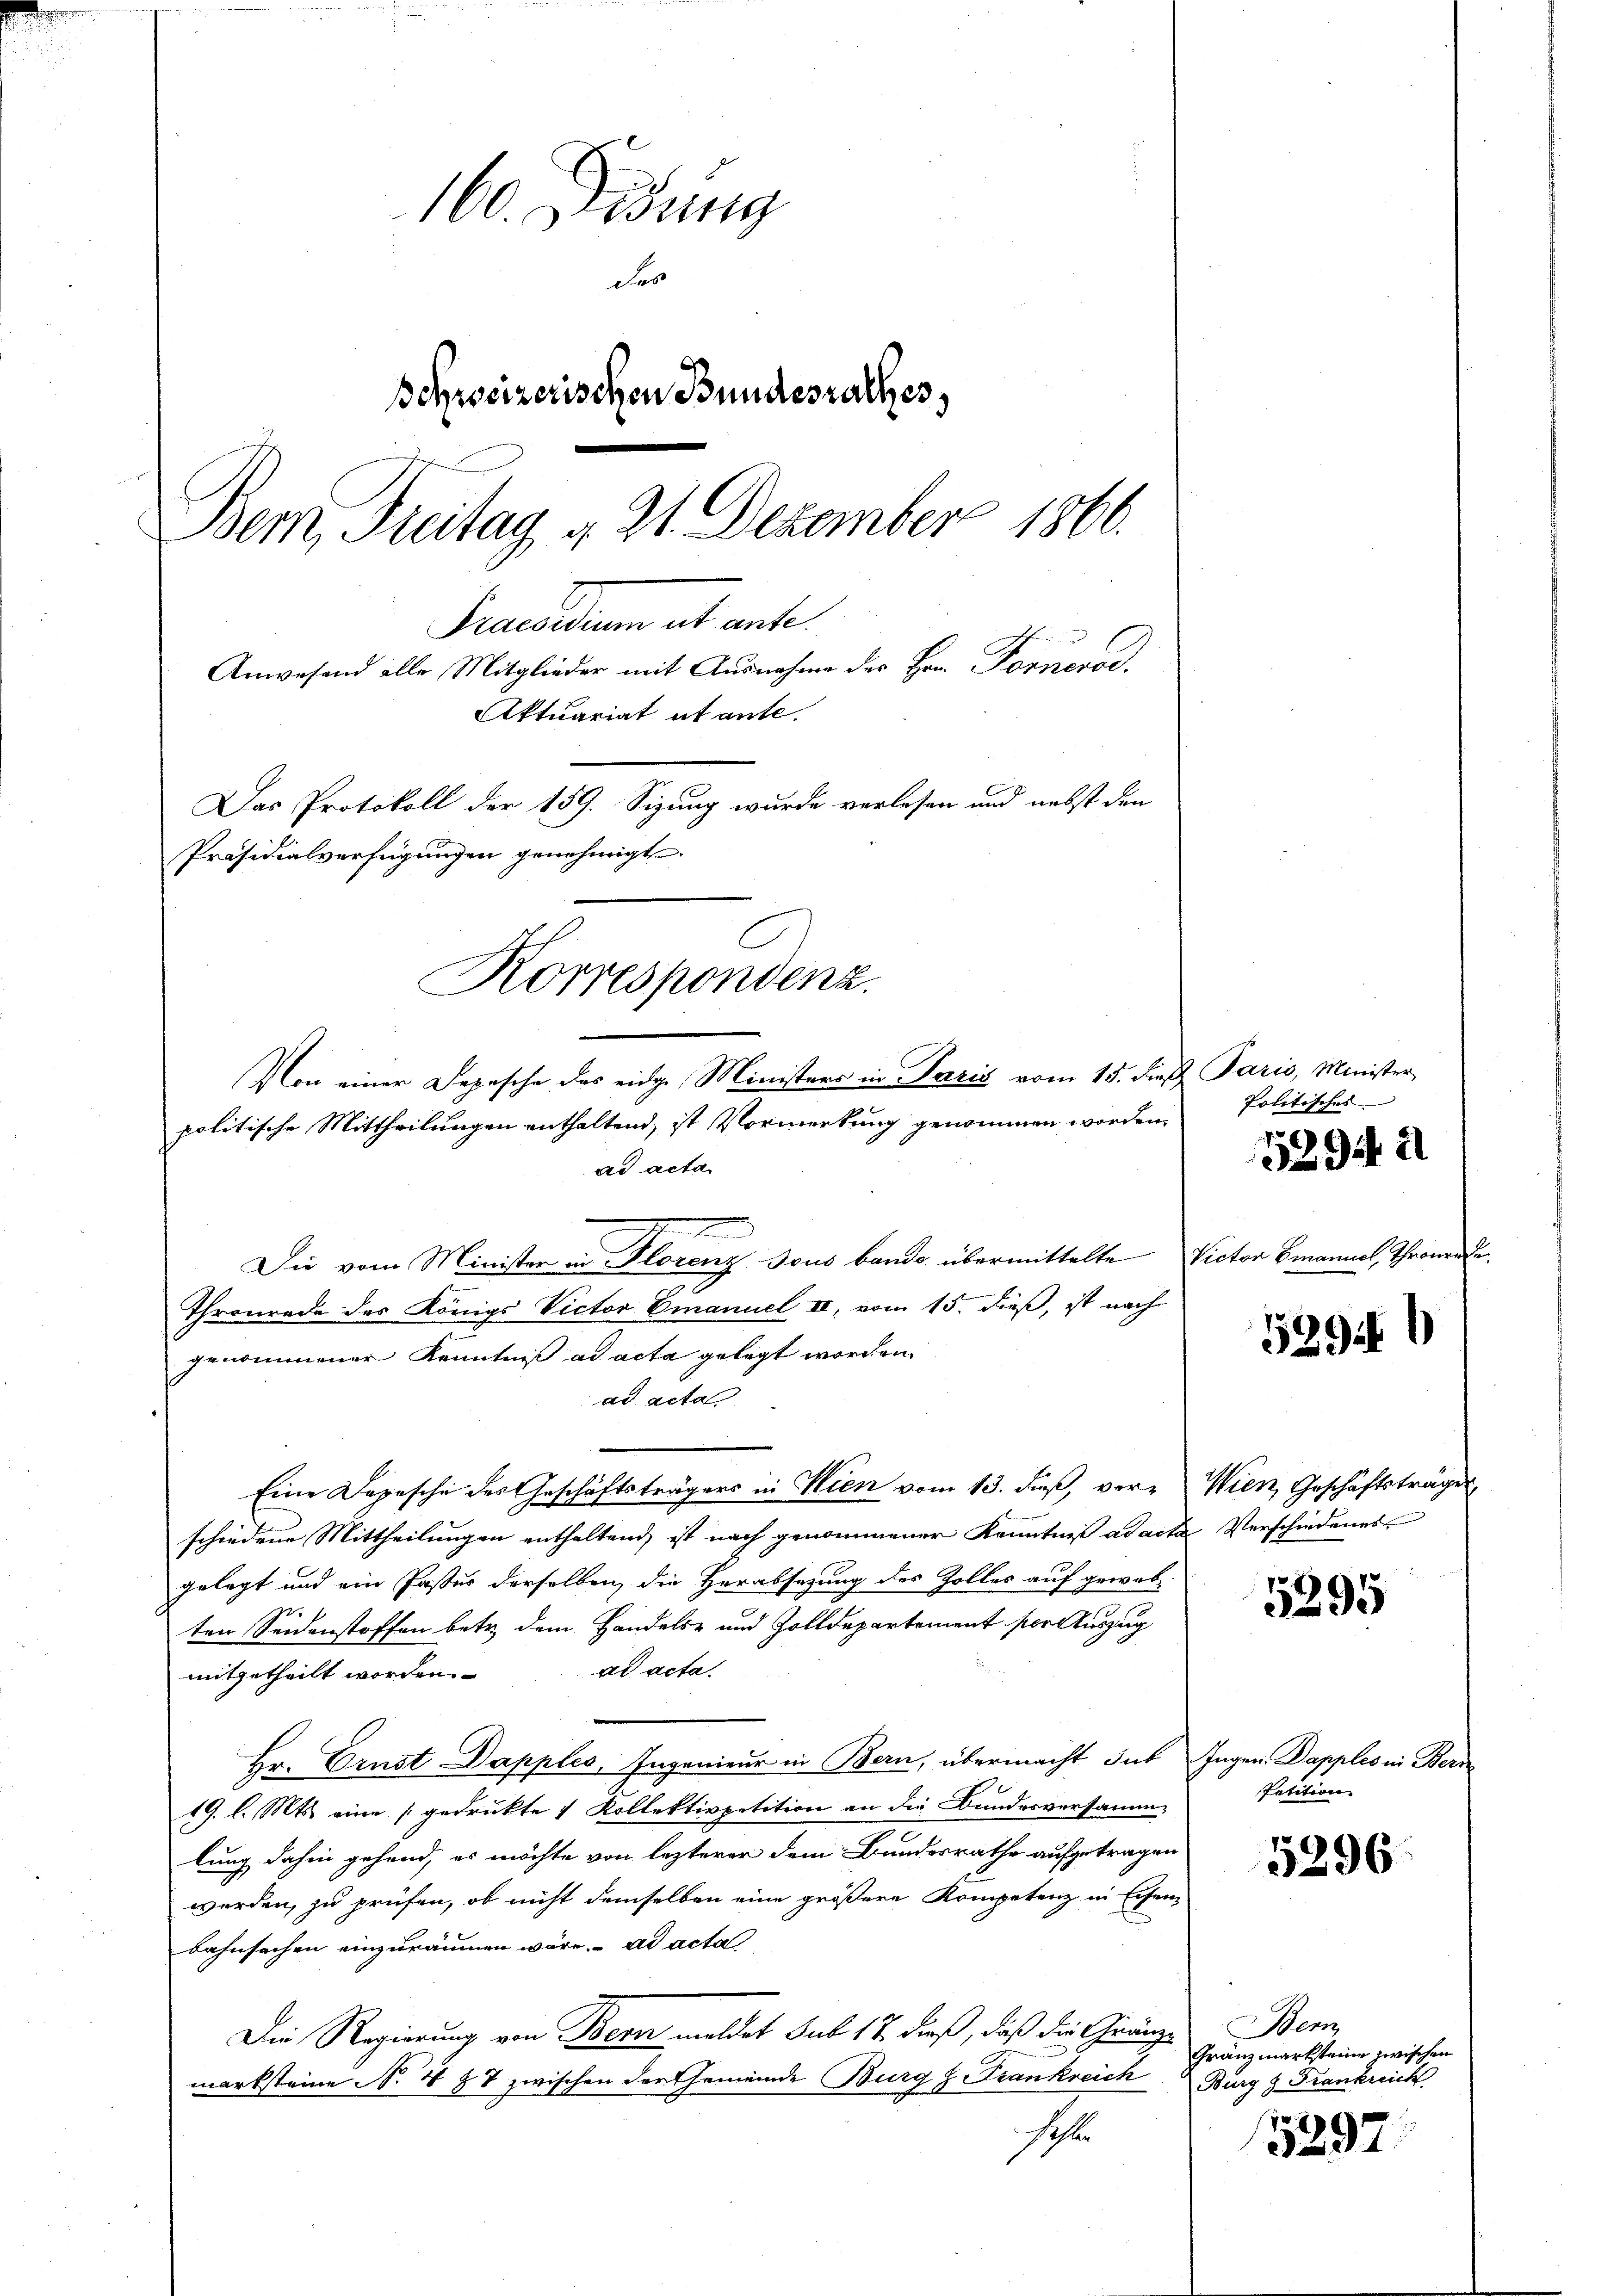
160. Didung
Fes
schweizerischen Bundesrathes,
1000
Bem, Freitag 4. 21. Dezember
Praesidium alt ante
Anwesend alle Mitglieder mit Ausnahme des Hrn. Fornorod,
Aktuariat et ante.
Das Protokoll der 159. Sizung wurde verlesen und nebst den
Präsidialverfügungen genehmigt.
Korrespondenz.

d
Die vom Minister in Florenz Tous bande übermittelte Victor Emanuel, Thronen
Thronrede des Königs Victor Emanuel III, vom 15. dieß, ist nach
genommener Kenntniß ad acta gelegt worden
ad acta
Eine Depesche des Geschäftsträgers in Wien vom 13. daß, vere Wien Geschäftsträger
schiedene Mittheilungen enthaltend, ist nach genommener Kenntniß ad acta
gelegt und ein Pastes derselben die Herabsetzung des Zolles auf gewebten Seidenstoffen betr. dem Handels- und Zolldepartement per Auszug
ad acta.
mitgetheilt worden.
Hr. Ernst Dapples, Ingenieur in Bern, übermacht das Ingen. Dapples in Bern
19. l. Mts. eine [gedrukte 4 Kollektivpetition an die Bundesversamm
lung dahin gehend, es möchte von lezterer dem Bundesrathe aufgetragen
werden, zu prüfen, ob nicht demselben eine größere Kompetenz in Eisen-
bahnsachen einzuräumen wäre. ad acta
Die Regierung von Bern meldet sub. 17. dieß, daß die Grenze Bern
marksteine No 4 87 zwischen der Gemeinde Burg z. Frankreich. Burg & Frankreich
A

Von einer Depesche des eidge Ministers in Parzis vom 15. dieß Paris, Minister
politische Mittheilungen enthaltend, ist Vormerkung genommen worden.
ad acta

Politisches

13942

529.

Verschiedenes

5295

fatition

5296

Gränzmarksteine zwischen

5897.

e